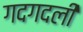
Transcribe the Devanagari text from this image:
गदगदली